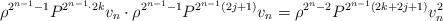
LaTeX: \begin{align*}\rho^{2^{n-1} - 1} P^{2^{n-1} \cdot 2k} v_n \cdot \rho^{2^{n-1} - 1} P^{2^{n-1} (2j+1)} v_n =\rho^{2^n - 2} P^{2^{n-1} (2k+2j+1)} v_n^2\end{align*}